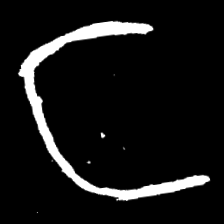
Pyu character \u2014 Myanmar letter: င (romanized: nga)